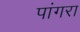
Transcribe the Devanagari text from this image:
पांगरा